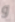
و